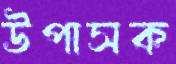
উপাসক